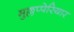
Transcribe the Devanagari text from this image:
मुल्लप्पेरियार